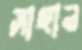
সাহান